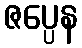
ဇပ္ပေန